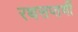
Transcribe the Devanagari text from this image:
रथसप्‍तर्णी